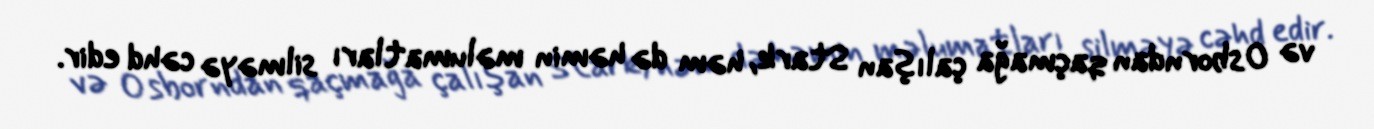
və Osborndan qaçmağa çalışan Stark, həm də həmin məlumatları silməyə cəhd edir.